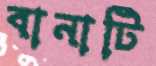
বানাটি